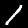
Label: 1